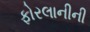
ફોરલાનીની